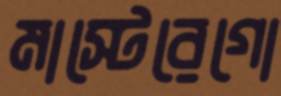
মাস্টেরেগো